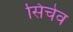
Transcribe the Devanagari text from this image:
सिचेव